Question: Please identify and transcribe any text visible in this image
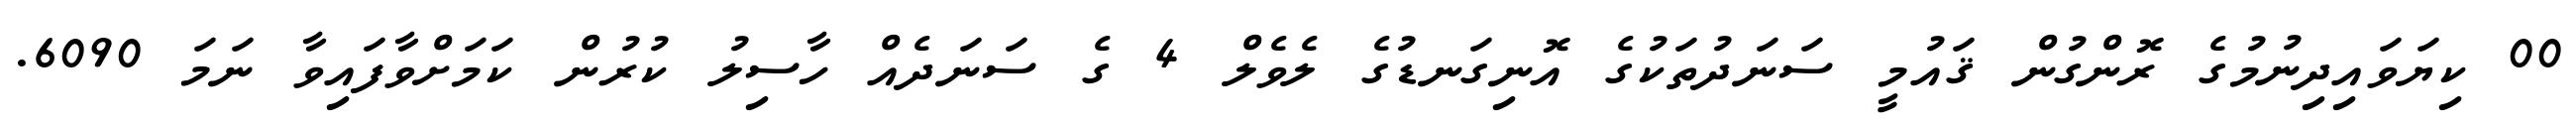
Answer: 00 ކިޔަވައިދިނުމުގެ ރޮންގުން ޤައުމީ ސަނަދުތަކުގެ އޮނިގަނޑުގެ ލެވެލް 4 ގެ ސަނަދެއް ހާސިލު ކުރުން ކަމަށްވާފައިވާ ނަމަ 6090.